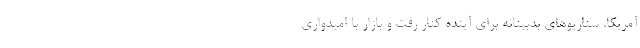
آمریکا، سناریوهای بدبینانه برای آینده کنار رفت و بازار با امیدواری